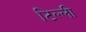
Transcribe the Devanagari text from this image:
टिल्ली